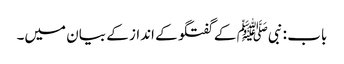
باب : نبیﷺ کے گفتگو کے انداز کے بیان میں۔